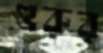
গুরুর